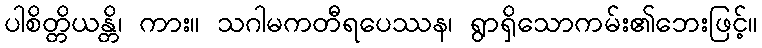
ပါစိတ္တိယန္တိ၊ ကား။ သဂါမကတီရပေဿန၊ ရွာရှိသောကမ်း၏ဘေးဖြင့်။